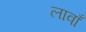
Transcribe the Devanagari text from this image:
लावाँ